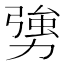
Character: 勥